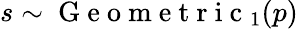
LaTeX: s\sim\mathrm{~G~e~o~m~e~t~r~i~c~}_{1}(p)